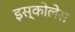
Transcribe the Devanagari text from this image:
इस्कोलेस